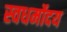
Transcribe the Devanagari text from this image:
स्वधर्मोदय